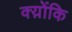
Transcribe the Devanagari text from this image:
क्य़ोंकि